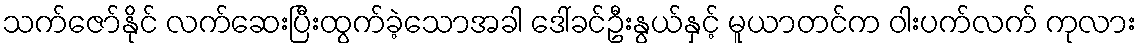
သက်ဇော်နိုင် လက်ဆေးပြီးထွက်ခဲ့သောအခါ ဒေါ်ခင်ဦးနွယ်နှင့် မူယာတင်က ဝါးပက်လက် ကုလား